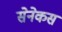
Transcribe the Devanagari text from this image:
सेनेकस